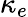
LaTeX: \kappa_{e}